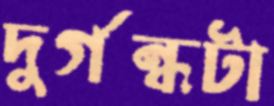
দুর্গন্ধটা